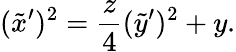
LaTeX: (\tilde{x}^{\prime})^{2}=\frac{z}{4}(\tilde{y}^{\prime})^{2}+y.